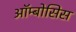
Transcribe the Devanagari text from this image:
ऑम्बोसिस